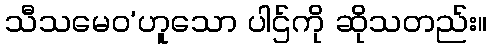
သီသမေဝ’ဟူသော ပါဌ်ကို ဆိုသတည်း။